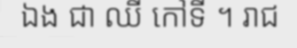
ឯង ជា ឈី កៅទី ។ រាជ